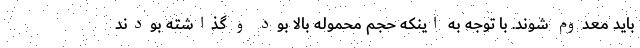
باید معدوم شوند. با توجه به اینکه حجم محموله بالا بود و گذاشته بودند